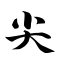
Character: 尖